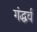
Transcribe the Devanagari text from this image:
गंद्धर्व